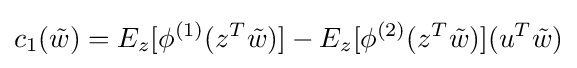
c_{1}({\tilde {w}})=E_{z}[\phi ^{(1)}(z^{T}{\tilde {w}})]-E_{z}[\phi ^{(2)}(z^{T}{\tilde {w}})](u^{T}{\tilde {w}})